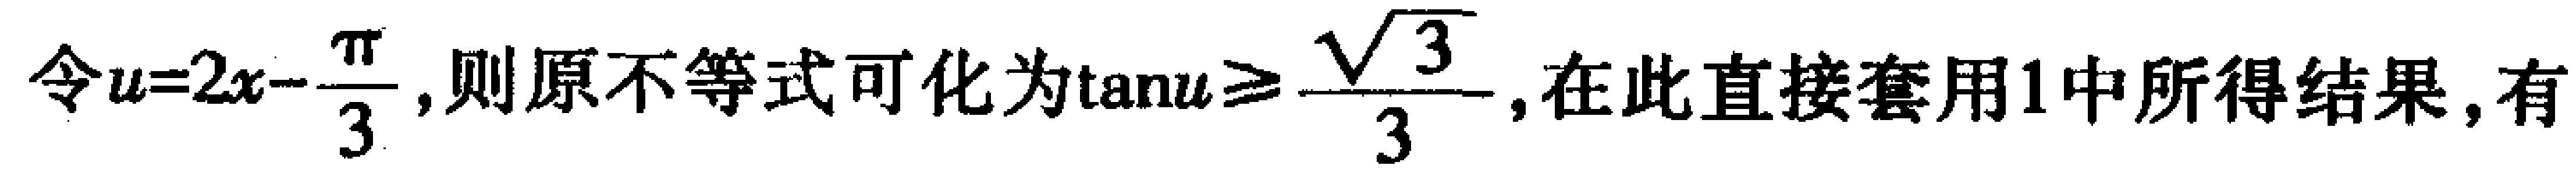
令\(u = 2x - \frac{\pi}{3}\)，则原不等式可化为\(\tan u\geqslant\frac{\sqrt{3}}{3}\)，在此直接套用1中所得结果，有